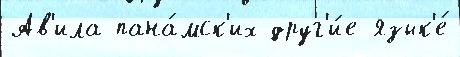
Ав'ила пана́мск'их друг'и́е язык'е́